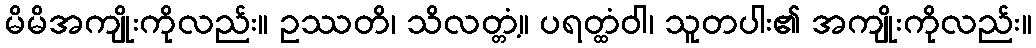
မိမိအကျိုးကိုလည်း။ ဥဿတိ၊ သိလတ္တံ့။ ပရတ္ထံဝါ၊ သူတပါး၏ အကျိုးကိုလည်း။